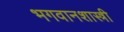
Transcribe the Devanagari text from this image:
भगवानशास्त्री